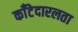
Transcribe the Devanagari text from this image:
काँटेदारलता